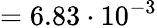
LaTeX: =6.83\cdot 10^{-3}